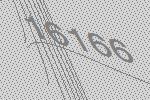
16166